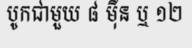
បូកជាមួយ ៨ ម៉ឺន ឬ ១២